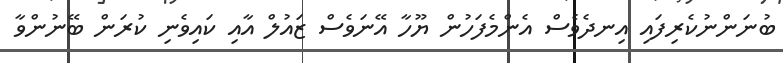
ބުނަންނުކެރިފައި އިނދެވެސް އެންމެފަހުން ޔޫހާ އޭނަވެސް ޒައުލް އާއި ކައިވެނި ކުރަން ބޭނުންވާ